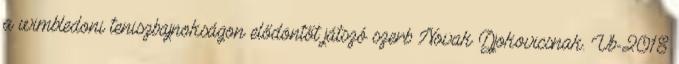
a wimbledoni teniszbajnokságon elődöntőt játszó szerb Novak Djokovicsnak. Vb-2018